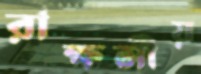
রাক্ষসীয়